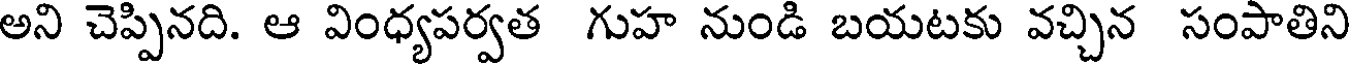
అని చెప్పినది. ఆ వింధ్యపర్వత గుహ నుండి బయటకు వచ్చిన సంపాతిని